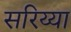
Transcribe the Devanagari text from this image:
सरिय्या